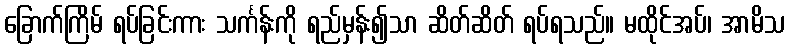
ခြောက်ကြိမ် ရပ်ခြင်းကား သင်္ကန်းကို ရည်မှန်း၍သာ ဆိတ်ဆိတ် ရပ်ရသည်။ မထိုင်အပ်၊ အာမိသ